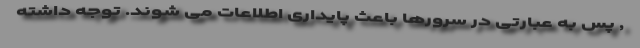
, پس به عبارتی در سرورها باعث پایداری اطلاعات می شوند. توجه داشته